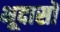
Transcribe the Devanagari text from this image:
भूदासों